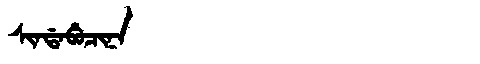
Manchu: ᠰᡳᠨᡩᠠᠪᡠᠴᡳᠨᠠ
Romanization: SINDABUCINA